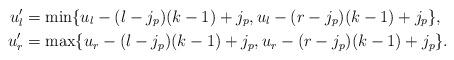
LaTeX: \begin{align*}u_l' &= \min \{u_l - (l-j_p)(k-1) + j_p, u_l - (r-j_p)(k-1) + j_p\}, \\u_r' &= \max \{u_r - (l-j_p)(k-1) + j_p, u_r - (r-j_p)(k-1) + j_p\}.\end{align*}